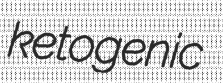
ketogenic